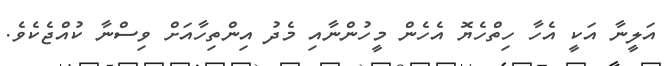
އަލީނާ އަކީ އެހާ ހިތްހެޔޮ އެހެން މީހުންނާއި މެދު އިންތިހާއަށް ވިސްނާ ކުއްޖެކެވެ.